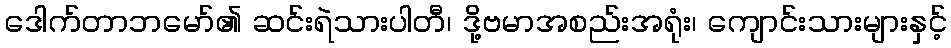
ဒေါက်တာဘမော်၏ ဆင်းရဲသားပါတီ၊ ဒို့ဗမာအစည်းအရုံး၊ ကျောင်းသားများနှင့်